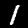
Label: 1